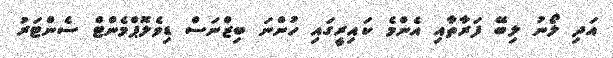
އަދި ލޯނު ލިބޭ ފަރާތާއި އެންމެ ކައިރީގައި ހުންނަ ބިޒްނަސް ޑިވެލޮޕްމެންޓް ސެންޓަރު